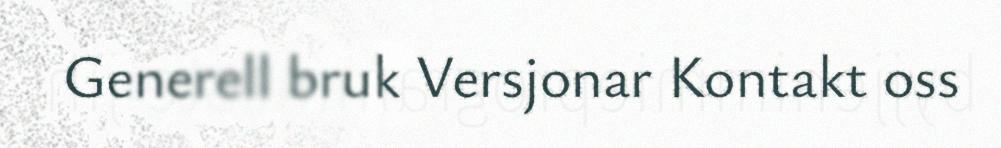
Generell bruk Versjonar Kontakt oss